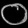
Digit: ၀